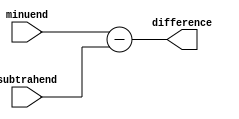
`timescale 1ns / 1ps
module sub(minuend, subtrahend, difference);
    input [16:0] minuend;
    input [16:0] subtrahend;
    output reg [16:0] difference;
    
    always @(*)
    begin
        difference = minuend - subtrahend;
    end
endmodule